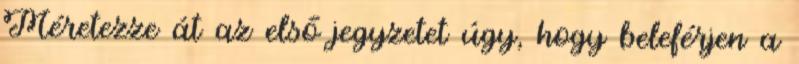
Méretezze át az első jegyzetet úgy, hogy beleférjen a